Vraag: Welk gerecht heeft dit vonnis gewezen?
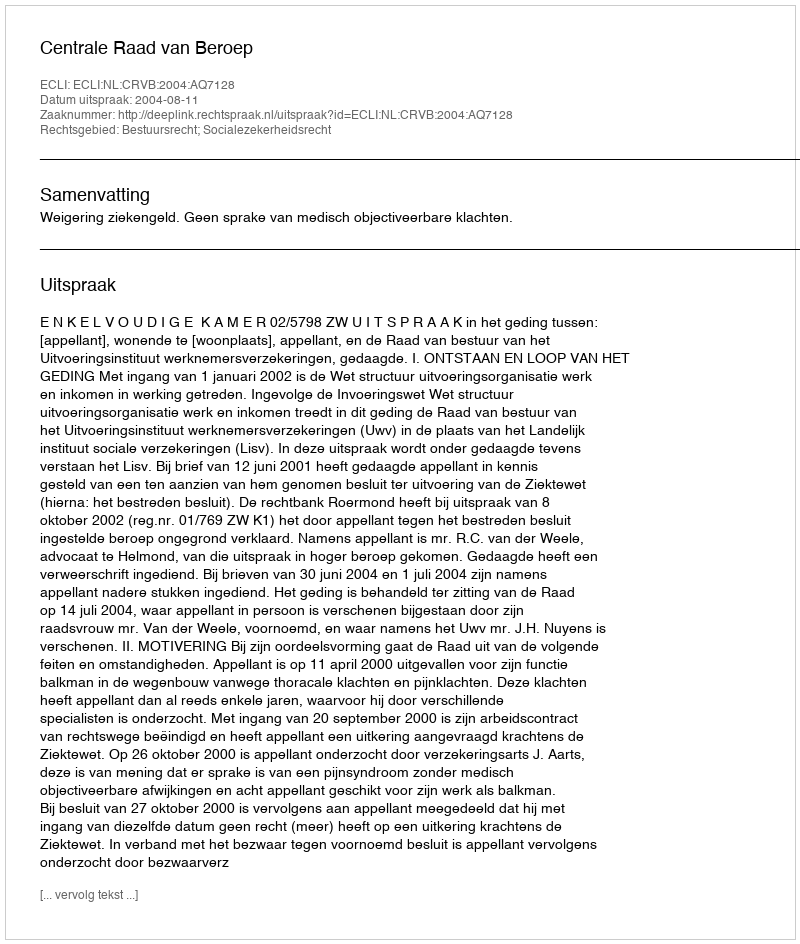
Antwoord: Centrale Raad van Beroep